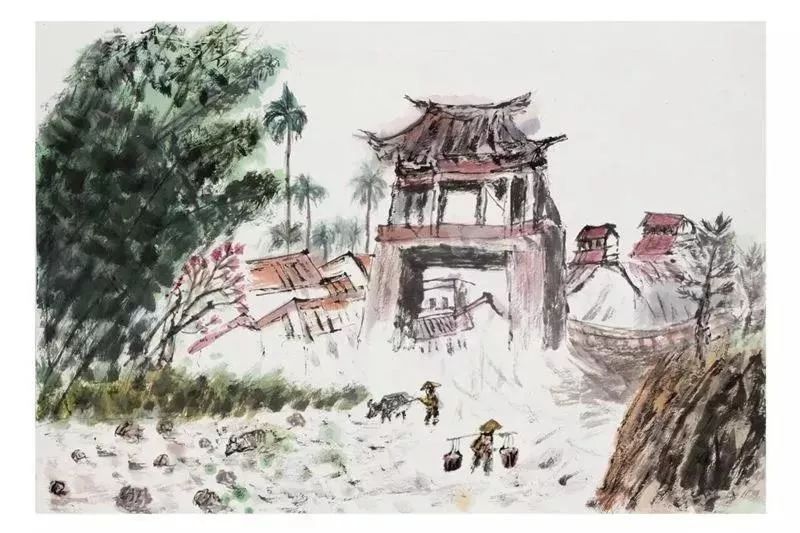
惟有今宵，皓彩皆同普。